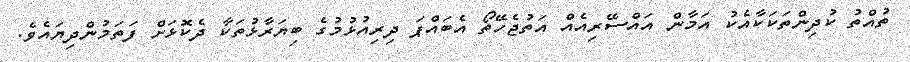
ތުއްތު ކުދިންތަކަކާއެކު އަމާން އައްސޭރިއެއް އަތުޖެހޭތޯ އެބައްޕަ ދިރިއުޅުމުގެ ބިޔަރާޅުތަކާ ދެކޮޅަށް ފަތަމުންދިޔައެވެ.